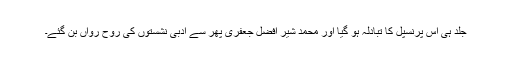
جلد ہی اس پرنسپل کا تبادلہ ہو گیا اور محمد شیر افضل جعفری پھر سے ادبی نشستوں کی روح رواں بن گئے۔